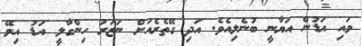
ވައި އަޑުން އަޔާނީ ބުނެލިއެވެ. އަދި ގޭތެރެއަށް ނަޒަރު ހިންގާލީ އަޑު އިވޭ